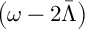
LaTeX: \left( \omega - 2 \bar { \Lambda } \right)